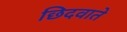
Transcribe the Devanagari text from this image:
छिदवाते